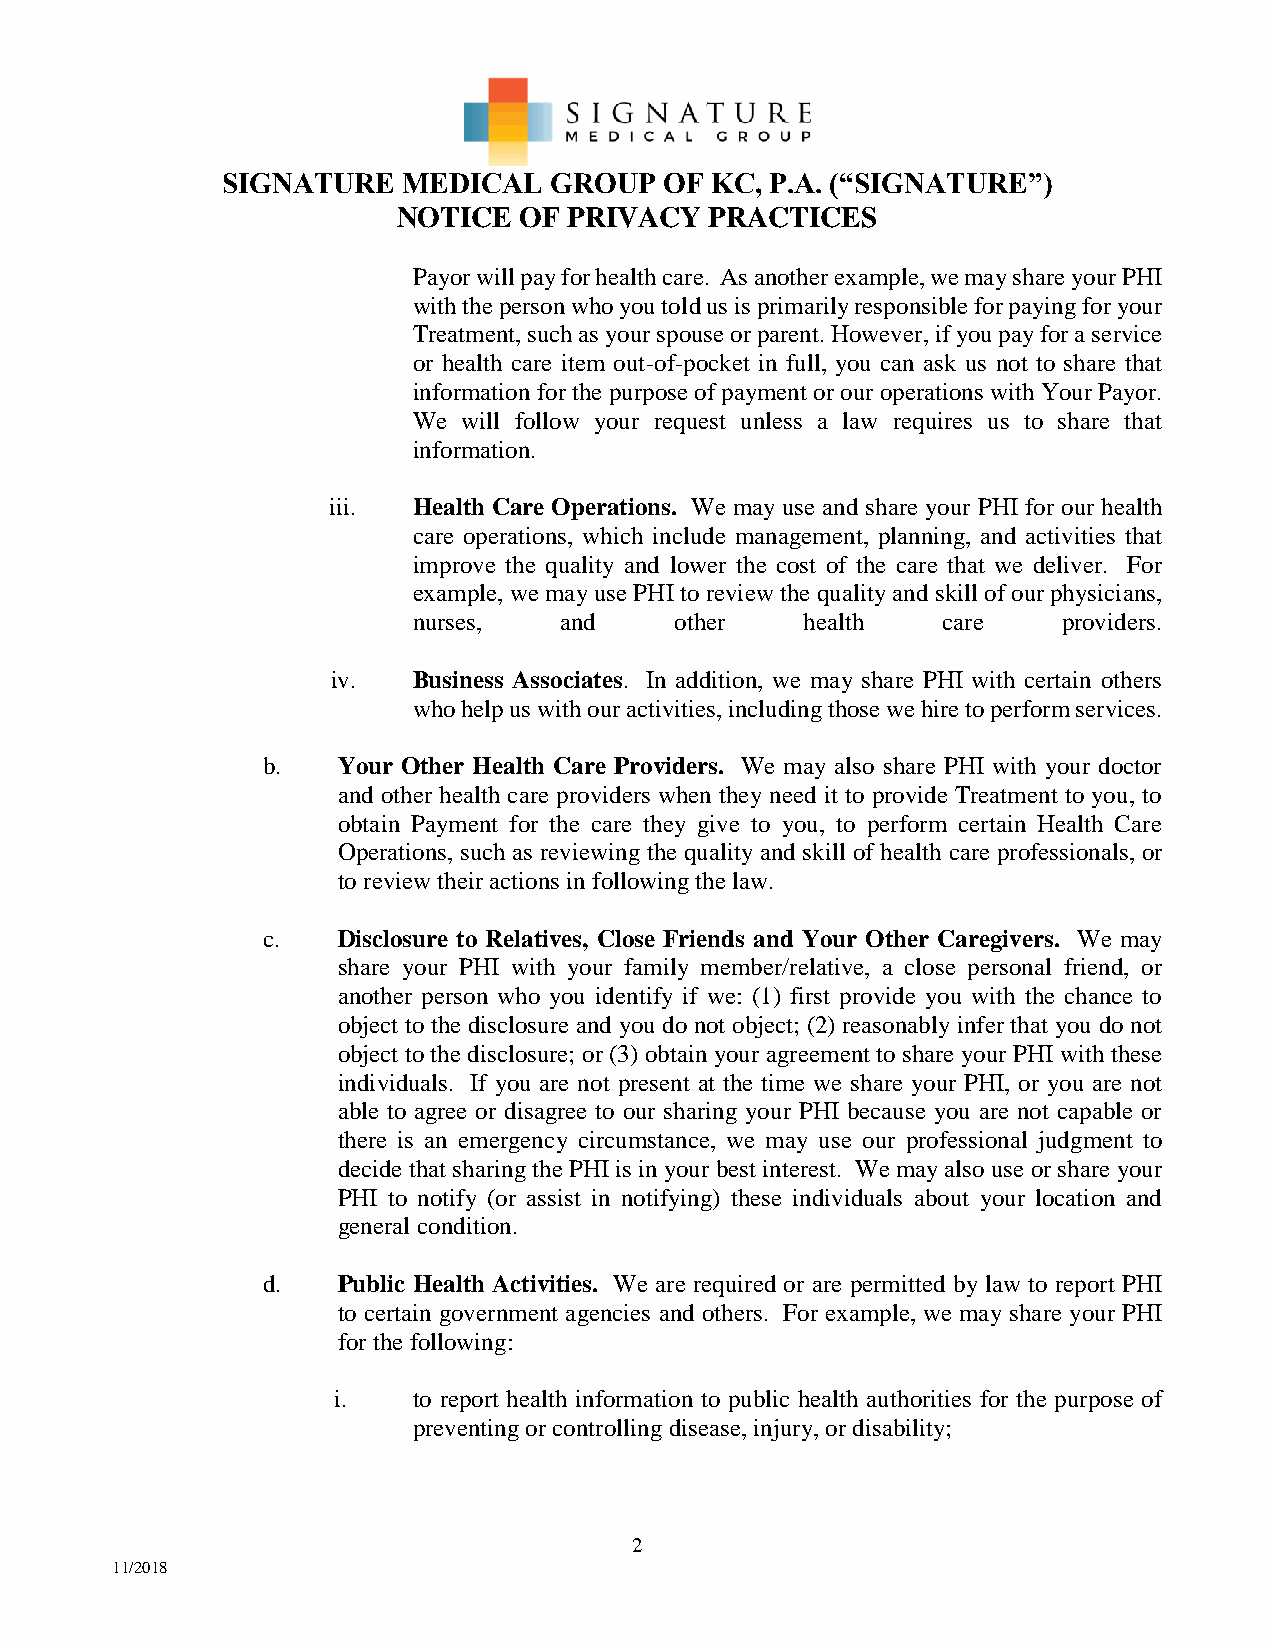
SIGNATURE   MEDICAL  GROUP   OF KC, P.A. (“SIGNATURE”)
 NOTICE  OF  PRIVACY  PRACTICES
 Payor will pay for health care. As another example, we may share your PHI
 with the person who you told us is primarily responsible for paying for your
 Treatment, such as your spouse or parent. However, if you pay for a service
 or health care item out-of-pocket in full, you can ask us not to share that
 information for the purpose of payment or our operations with Your Payor.
 We  will follow your request unless a law requires us to share that
 information.
 iii. Health Care Operations. We may use and share your PHI for our health
 care operations, which include management, planning, and activities that
 improve the quality and lower the cost of the care that we deliver. For
 example, we may use PHI to review the quality and skill of our physicians,
 nurses,   and     other   health   care    providers.
 iv.  Business Associates. In addition, we may share PHI with certain others
 who help us with our activities, including those we hire to perform services.
 b.   Your Other Health Care Providers. We may also share PHI with your doctor
 and other health care providers when they need it to provide Treatment to you, to
 obtain Payment for the care they give to you, to perform certain Health Care
 Operations, such as reviewing the quality and skill of health care professionals, or
 to review their actions in following the law.
 c.   Disclosure to Relatives, Close Friends and Your Other Caregivers. We may
 share your PHI with your family member/relative, a close personal friend, or
 another person who you identify if we: (1) first provide you with the chance to
 object to the disclosure and you do not object; (2) reasonably infer that you do not
 object to the disclosure; or (3) obtain your agreement to share your PHI with these
 individuals. If you are not present at the time we share your PHI, or you are not
 able to agree or disagree to our sharing your PHI because you are not capable or
 there is an emergency circumstance, we may use our professional judgment to
 decide that sharing the PHI is in your best interest. We may also use or share your
 PHI to notify (or assist in notifying) these individuals about your location and
 general condition.
 d.   Public Health Activities. We are required or are permitted by law to report PHI
 to certain government agencies and others. For example, we may share your PHI
 for the following:
 i.   to report health information to public health authorities for the purpose of
 preventing or controlling disease, injury, or disability;
 2
 11/2018